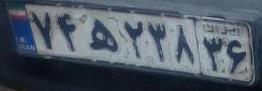
۷۴ه۲۳۸۳۶